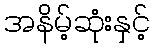
အနိမ့်ဆုံးနှင့်